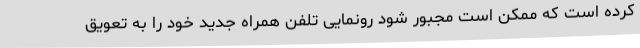
کرده است که ممکن است مجبور شود رونمایی تلفن همراه جدید خود را به تعویق